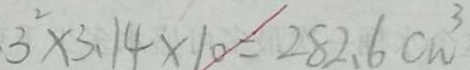
3 ^ { 2 } \times 3 . 1 4 \times 1 0 = 2 8 2 . 6 c m ^ { 3 }